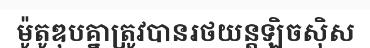
ម៉ូតូឌុបគ្នាត្រូវបានរថយន្តឡិចស៊ិស